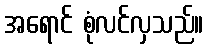
အရောင် စုံလင်လှသည်။